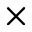
\times